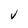
Character: v